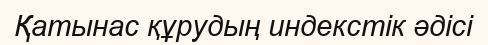
Қатынас құрудың индекстік әдісі